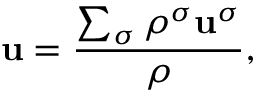
\mathbf { u } = \frac { \sum _ { \sigma } \rho ^ { \sigma } \mathbf { u } ^ { \sigma } } { \rho } ,